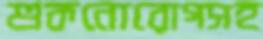
শুকনোরোগসহ